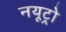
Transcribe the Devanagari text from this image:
नयूट्रो